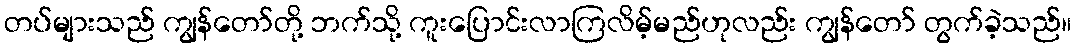
တပ်များသည် ကျွန်တော်တို့ ဘက်သို့ ကူးပြောင်းလာကြလိမ့်မည်ဟုလည်း ကျွန်တော် တွက်ခဲ့သည်။